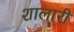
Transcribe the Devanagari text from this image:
शालारी